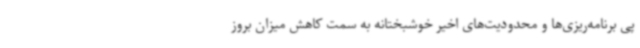
پی برنامه‌ریزی‌ها و محدودیت‌های اخیر خوشبختانه به سمت کاهش میزان بروز